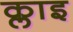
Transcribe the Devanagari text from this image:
क्लाइ